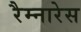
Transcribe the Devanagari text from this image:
रैम्नारेस